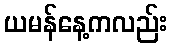
ယမန်နေ့ကလည်း